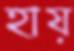
হায়